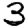
Digit: 3